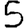
Digit: 5